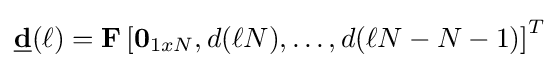
{\underline {\mathbf {d} }}(\ell )=\mathbf {F} \left[\mathbf {0} _{1xN},d(\ell N),\dots ,d(\ell N-N-1)\right]^{T}